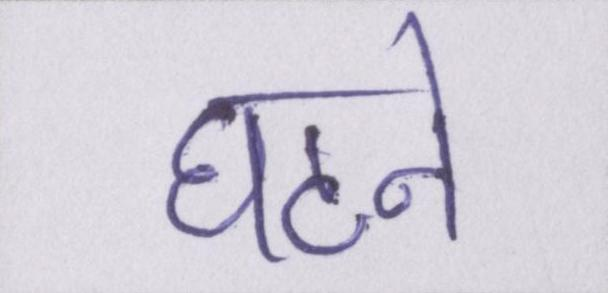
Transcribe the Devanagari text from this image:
घटने